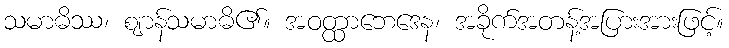
သမာဓိဿ၊ ဈာန်သမာဓိ၏။ အဝတ္ထာဘေဒေန၊ အခိုက်အတန့်အပြားအားဖြင့်။